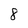
Character: 8